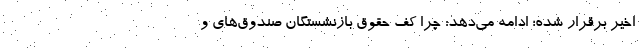
اخیر برقرار شده؛ ادامه می‌دهد: چرا کف حقوق بازنشستگان صندوق‌های و